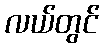
လယ်တွင်